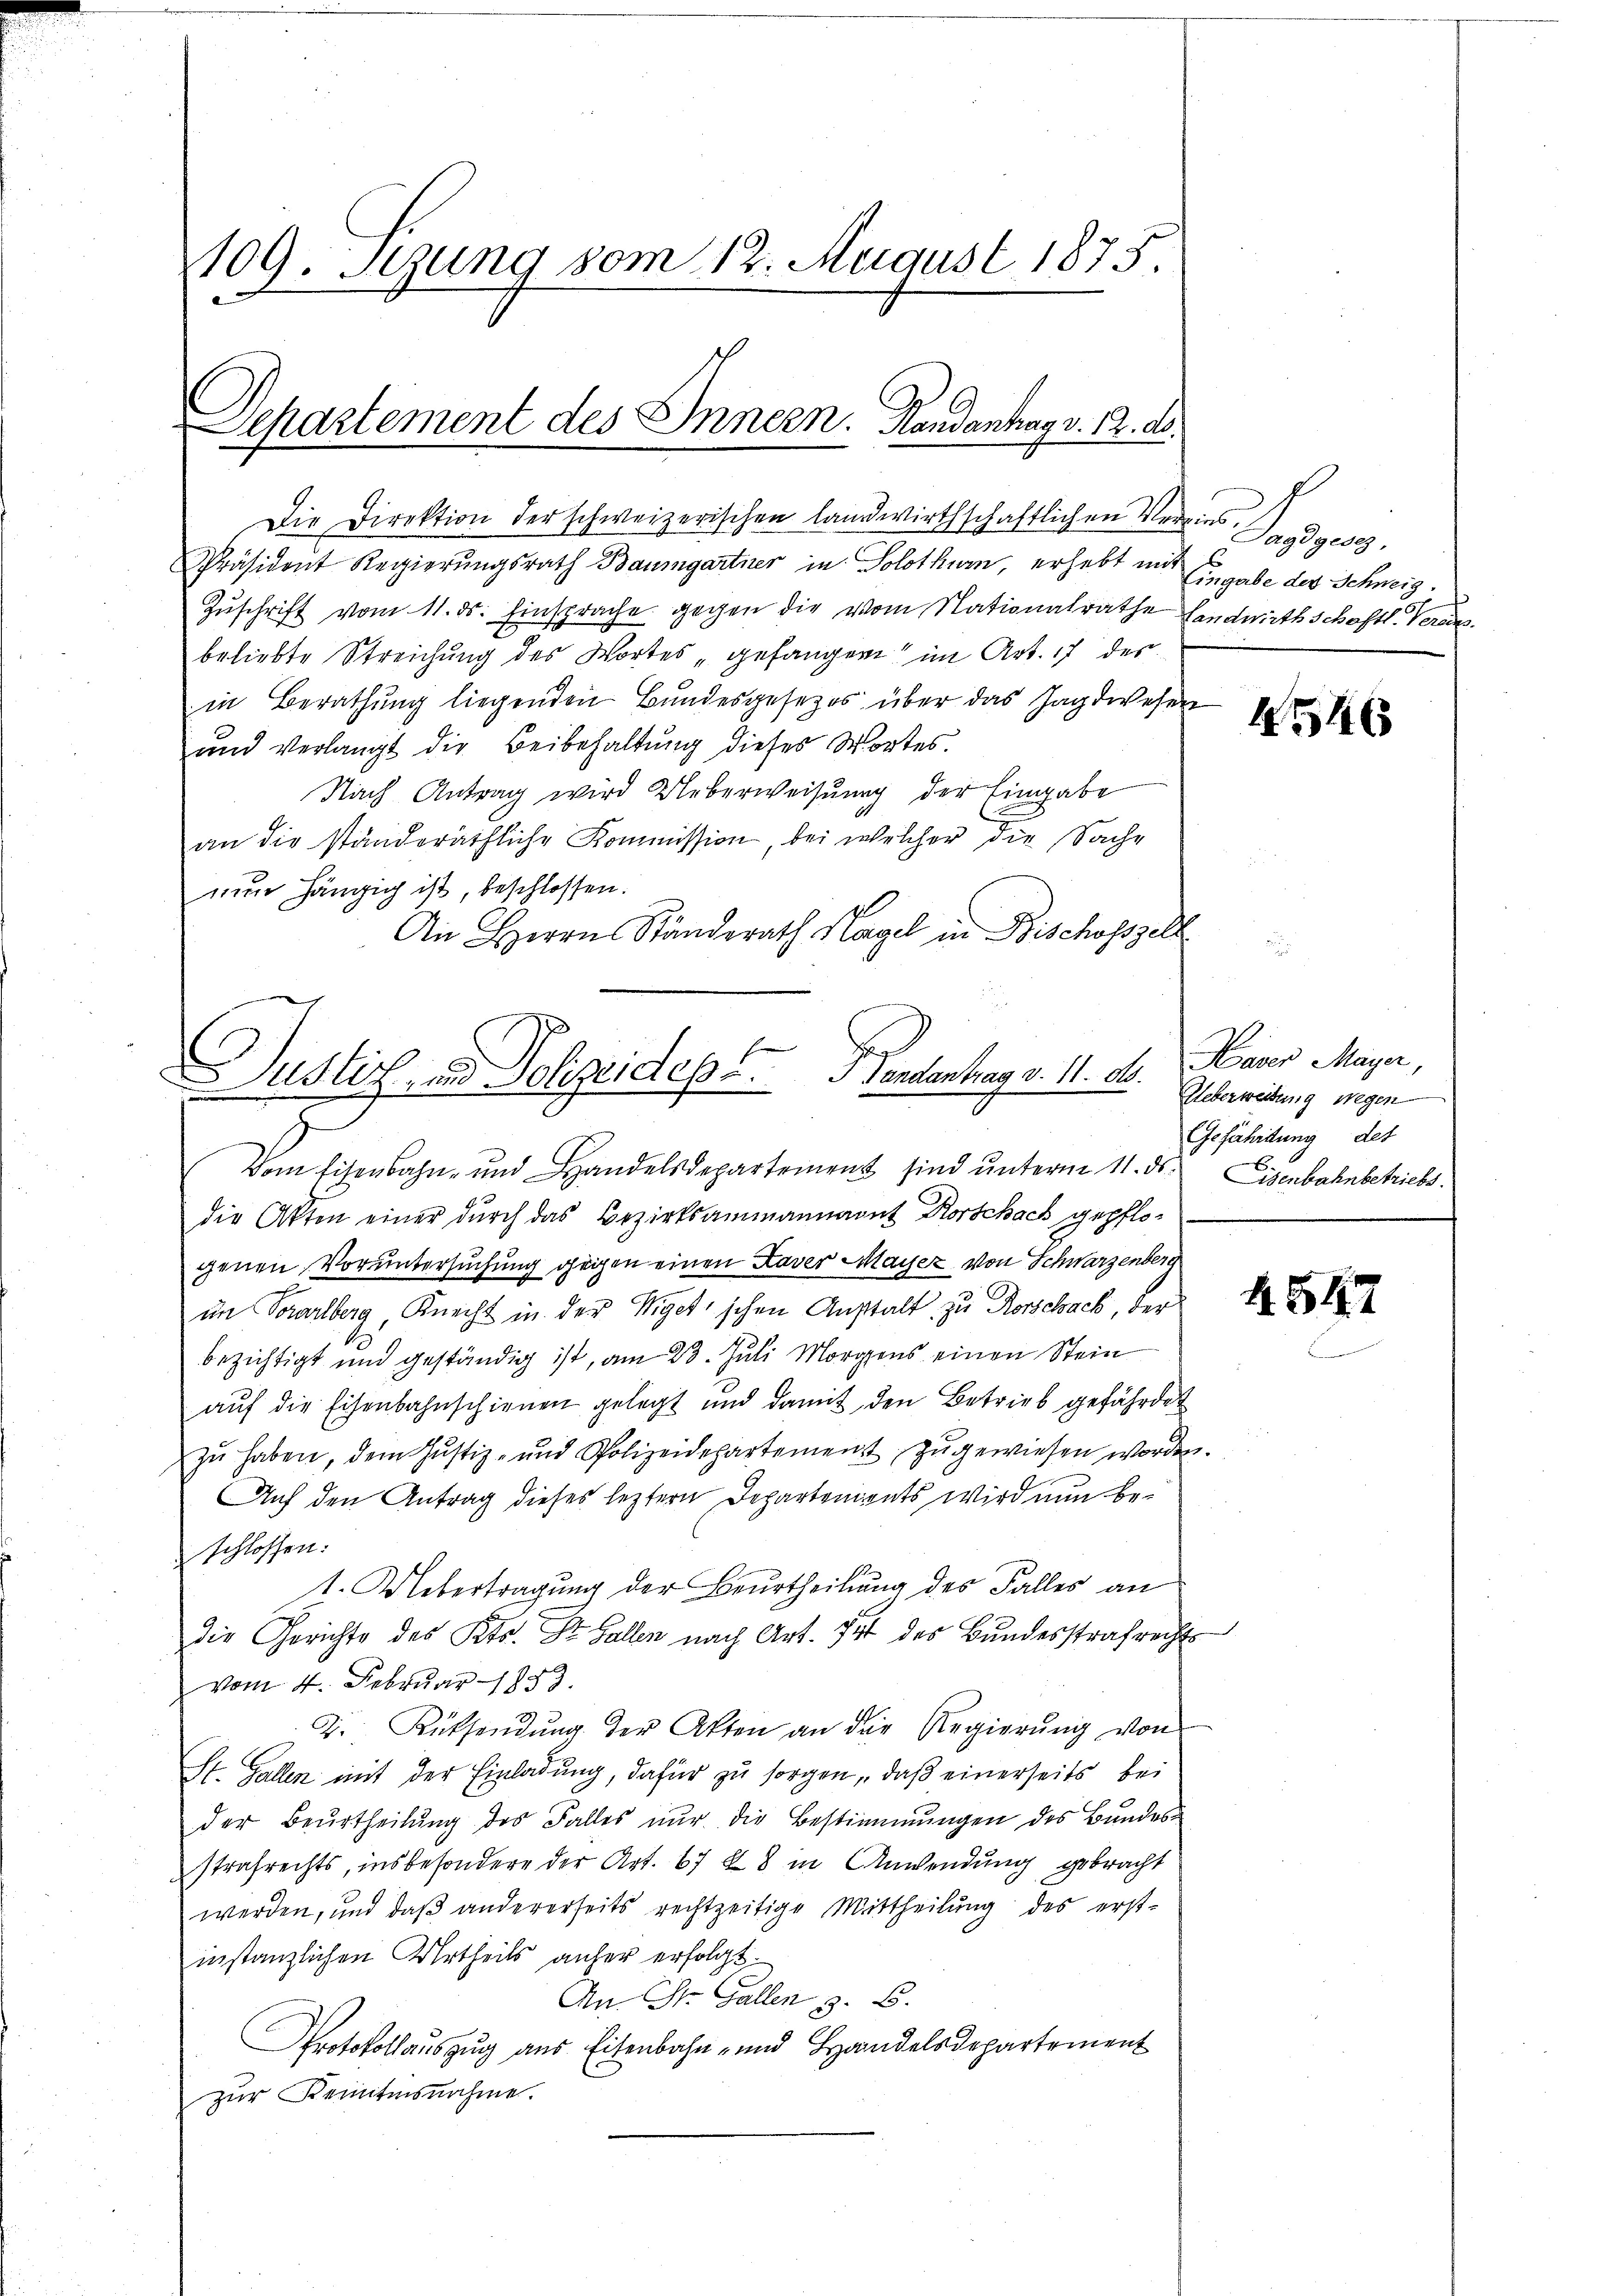
109. Sezung vom 12. August 1875.

Departement des Innern. Handantag v. 12. d.
Die Direktion der schweizerischen landwirthschaftlichen Vereins. Sondere

Präsident Regierungsrath Baumgartner in Solothurn, erhebt mit Eingabe des Schweig.
Zŭschrift vom 11. ds. Einsprache gegen die vom Nationalrathe Landwirthschaftl. Ver
beliebte Streichung des Wortes gefangen im Art. 17 der
in Berathŭng liegenden Bŭndesgesezes über das Jagdwesen
und verlangt die Beibehaltung dieses Wortes.
Nach Antrag wird Ueberweisung der Eingabe
an die ständeräthliche Kommission, bei welcher die Sache
nun hängig ist, beschlossen.
An Herrn Ständerath Nagel in Bischofszell

Justiz- und Polizeides Landantrag v. 11. d.

Vom Eisenbahn- und Handelsdepartement sind unterm 11. ds.
die Akten einer durch das Bezirksammannant Forschach gepflo-
genen Voruntersuchung gegen einen Kaver Mayer von Schwarzenberg
im Vorarlberg Knecht in der Wigetischen Anstalt zu Rorschach, der
bezichtigt und geständig ist, am 23. Juli Morgens einen Stein
aŭf die Eisenbahnschienen gelegt und damit den Betrieb gefährdet
zŭ haben, dem Justiz- und Polizeidepartement zŭgewiesen worden.
Auf den Antrag dieses leztern Departements wird nun beschlossen.
1. Uebertragung der Beurtheilung des Falles an
die Gerichte des Kts. Dr. Gallen nach Art. Ist des Bundesstrafrechts
vom 4. Februar 1883.
2. Rücksendŭng der Akten an die Regierŭng von
St. Gallen mit der Einladung, dafür zu sorgen, daß einerseits bei
der Beurtheilŭng des Falles nŭr die Bestimmungen des Bundes-
strafrechts, insbesondere der Art. 67 f 8 in Anwendung gebracht
werden, und daß andererseits rechtzeitige Mittheilung des erstinstanzlichen Urtheils anfer erfolgt.
An St. Gallen z. B.
Protokollauszug aus Eisenbahn- und Handelsdepartement
zur Kenntnisnahme.

4546

Haver Mayer,
Ueberweisung wegen
Gefährdung des
E
Eisenbahnbetriebs

4.547